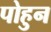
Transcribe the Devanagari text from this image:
पोहुन